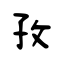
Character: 孜